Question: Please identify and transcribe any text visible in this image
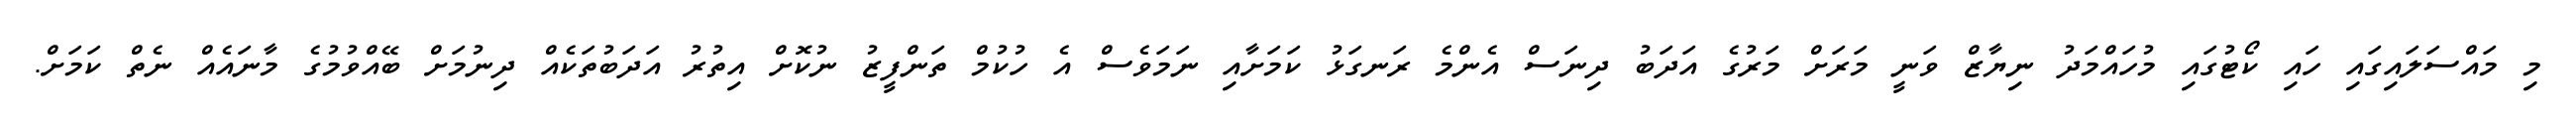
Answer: މި މައްސަލައިގައި ހައި ކޯޓުގައި މުހައްމަދު ނިޔާޒް ވަނީ މަރަށް މަރުގެ އަދަބު ދިނަސް އެންމެ ރަނގަޅު ކަމަށާއި ނަމަވެސް އެ ހުކުމް ތަންފީޒު ނުކޮށް އިތުރު އަދަބުތަކެއް ދިނުމަށް ބޭއްވުމުގެ މާނައެއް ނެތް ކަމަށް.